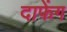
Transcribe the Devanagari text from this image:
दाफेंग